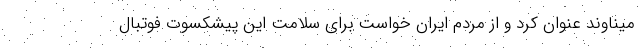
میناوند عنوان کرد و از مردم ایران خواست برای سلامت این پیشکسوت فوتبال